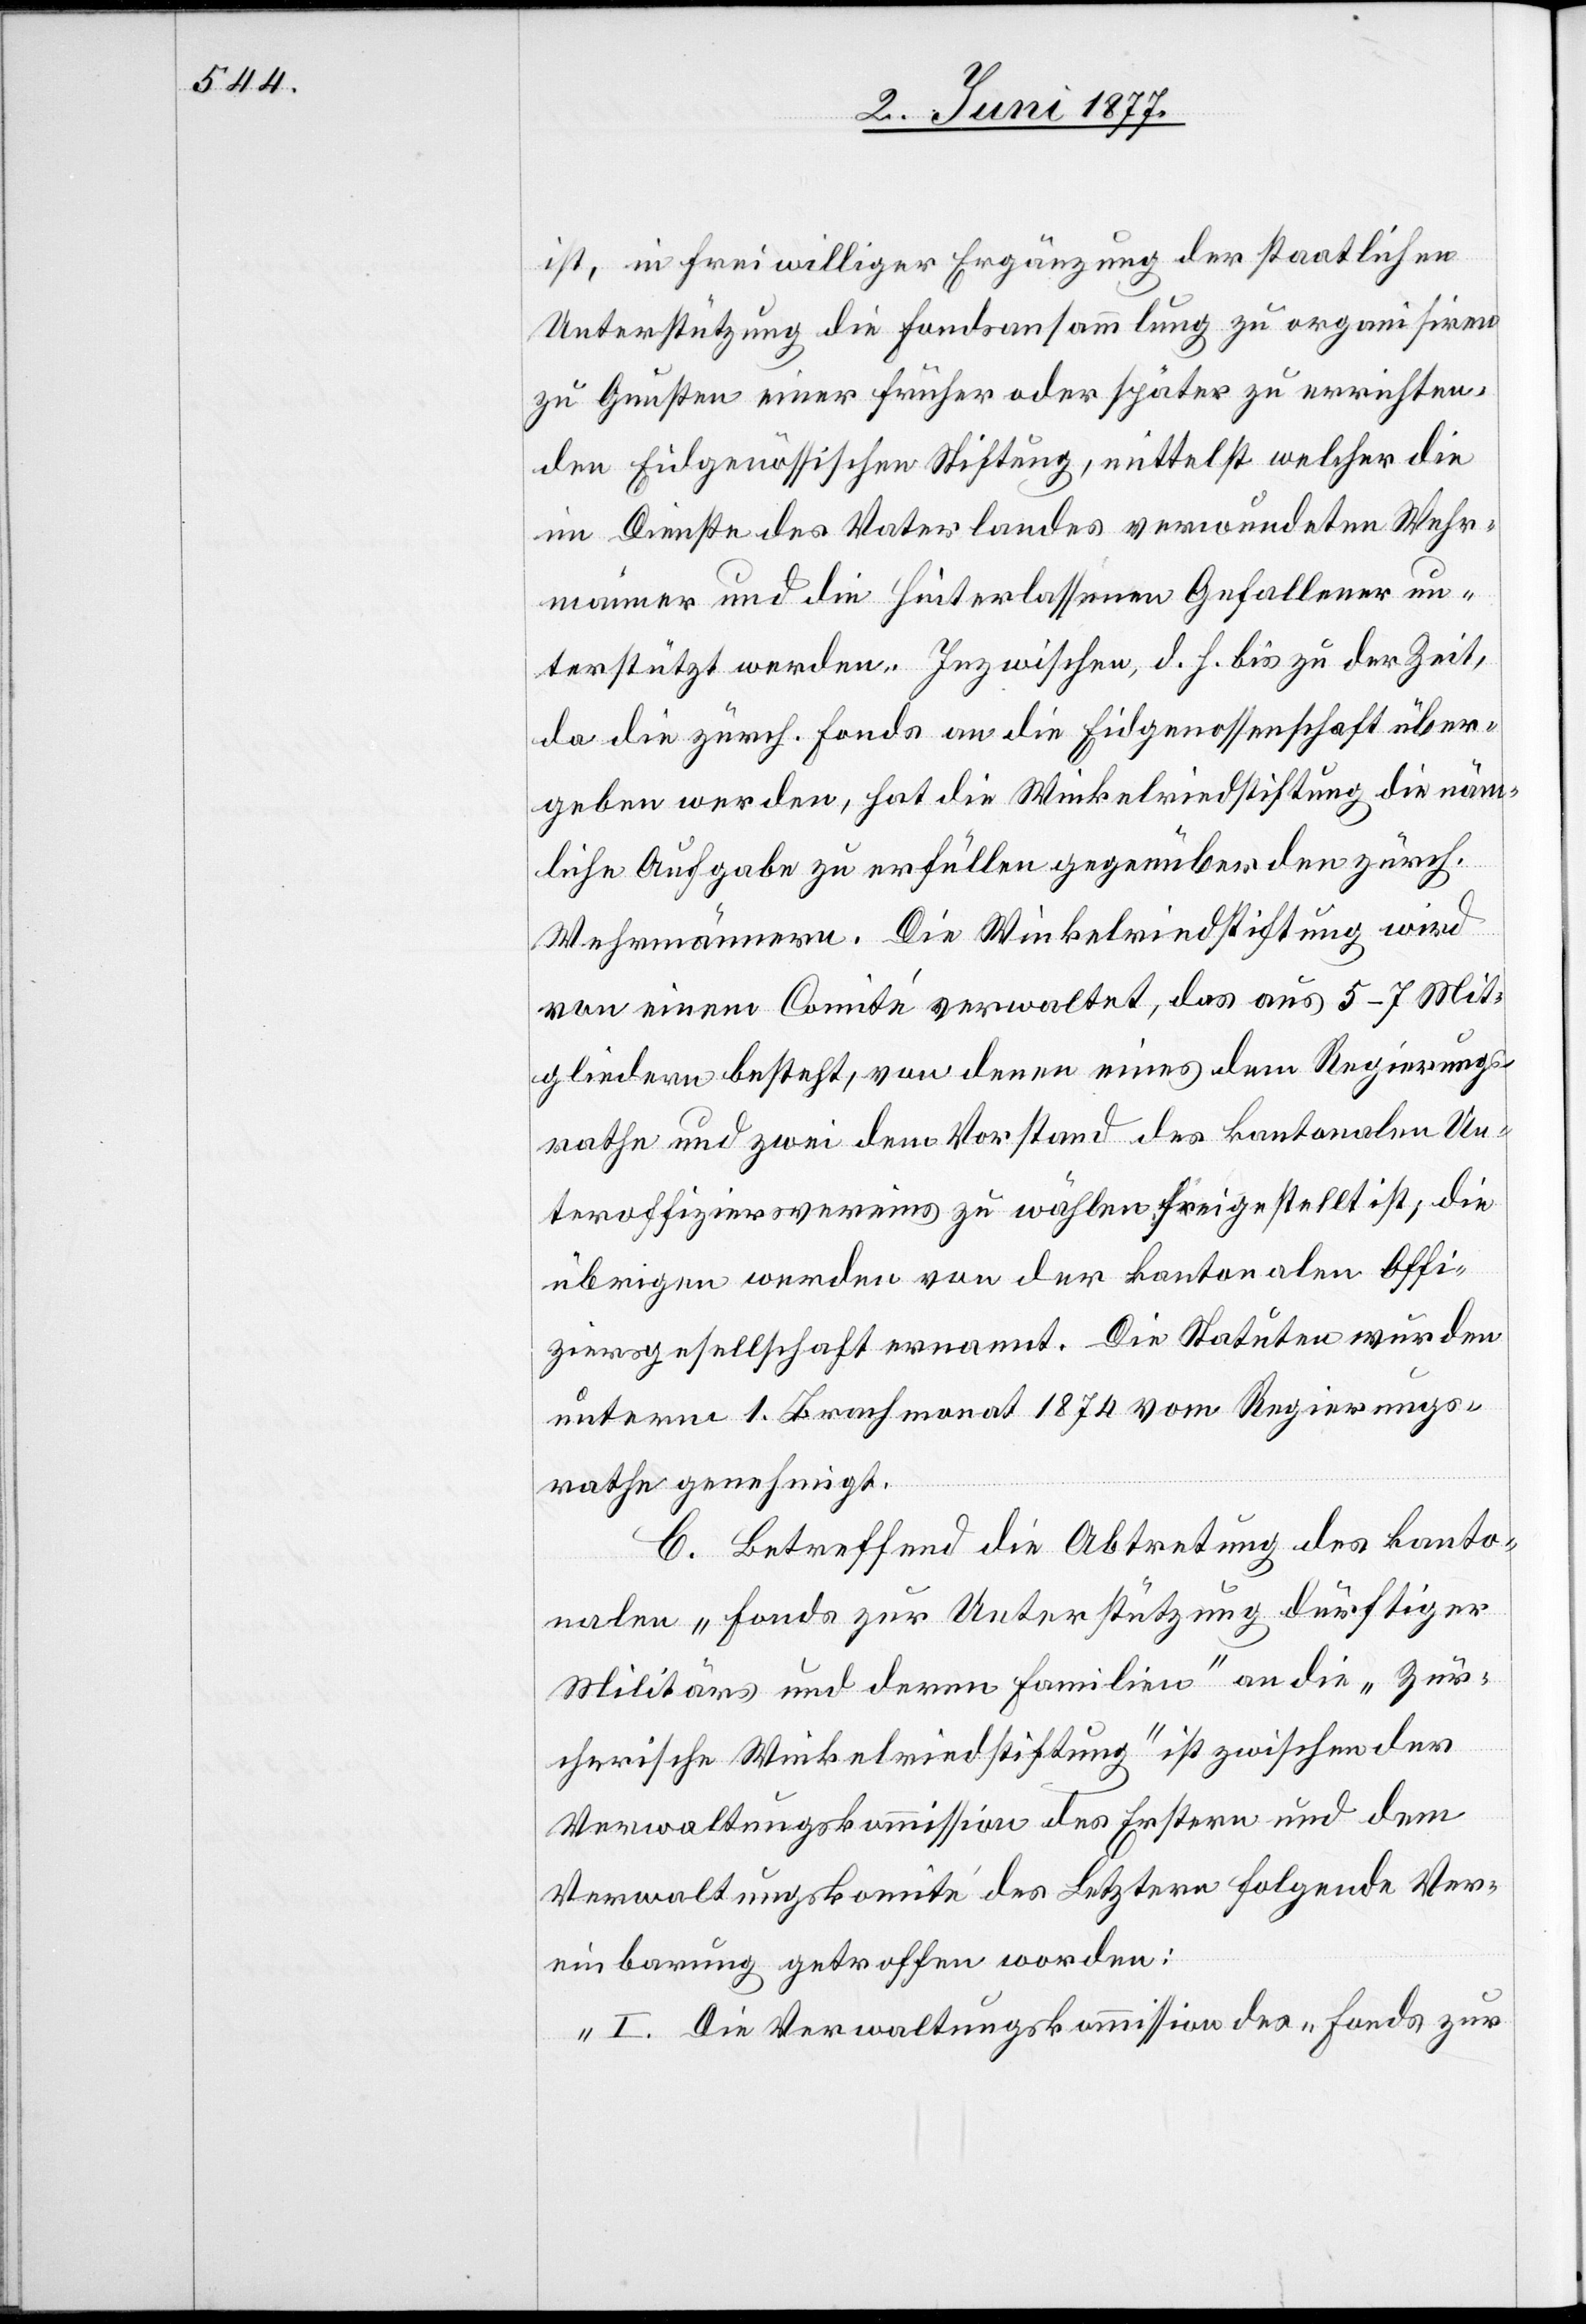
ist, in freiwilliger Ergänzung der staatlichen
Unterstützung die Fondsansammlung zu organisiren
zu Gunsten einer früher oder später zu errichten¬
den Eidgenössischen Stiftung, mittelst welcher die
im Dienste des Vaterlandes verwundeten Wehr¬
männer und die Hinterlassenen Gefallener un¬
terstützt werden. Inzwischen, d. h. bis zu der Zeit,
da die zürch. Fond an die Eidgenossenschaft über¬
geben werden, hat die Winkelriedstiftung die näm¬
liche Aufgabe zu erfüllen gegenüber den zürch.
Wehrmännern. Die Winkelriedstiftung wird
von einem Comité verwaltet, das aus 5–7 Mit¬
gliedern besteht, von denen eines dem Regierungs¬
rathe und zwei dem Vorstand des kantonalen Un¬
teroffiziersvereins zu wählen freigestellt ist, die
übrigen werden von der kantonalen Offi¬
ziersgesellschaft ernannt. Die Statuten wurden
unterm 1. Brachmonat 1874 vom Regierungs¬
rathe genehmigt.
C. Betreffend die Abtretung des kanto¬
nalen „Fonds zur Unterstützung dürftiger
Militärs und deren Familien“ an die „Zür¬
cherische Winkelriedstiftung“ ist zwischen der
Verwaltungskommission des Erstern und dem
Verwaltungskomité des Letztern folgende Ver¬
einbarung getroffen worden:
„I. Die Verwaltungskommission des „Fonds zur